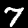
Digit: 7